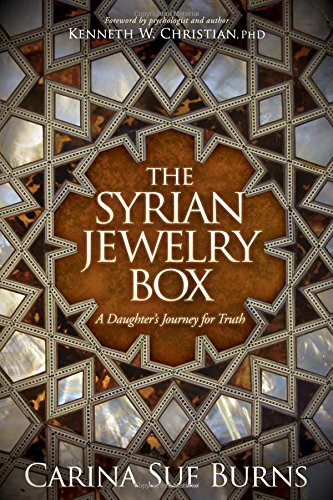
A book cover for The Syrian Jewelry Box: A Daughter's Journey for Truth; Carina Sue Burns; Travel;